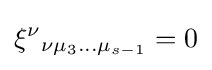
\xi ^{\nu }{}_{\nu \mu _{3}...\mu _{s-1}}=0